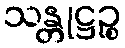
သန္တုဋ္ဌဉ္စ